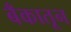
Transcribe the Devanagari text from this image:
बँकातून